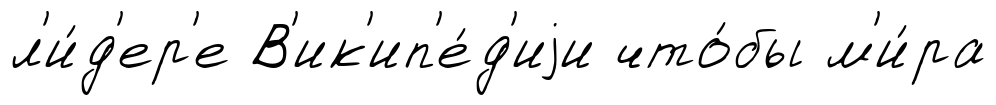
л'и́д'ер'е В'ик'ип'е́д'иjи что́бы м'и́ра